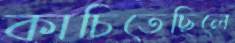
কাচিতেছিলে